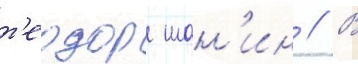
т'еодор шан'ин // В